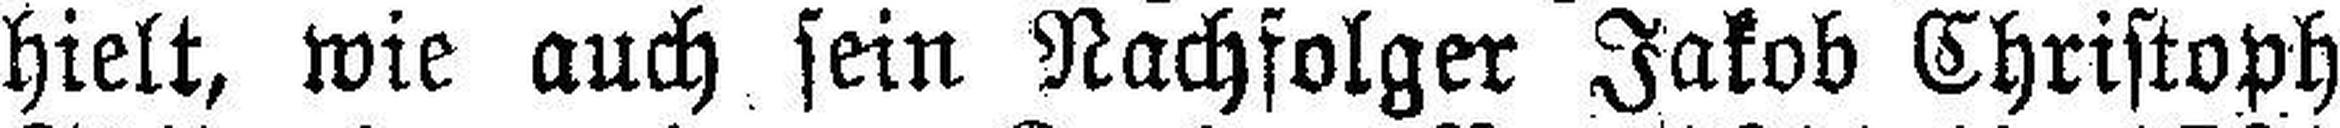
hielt, wie auch sein Nachfolger Jakob Christoph